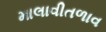
માલાવીતળાવ